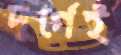
দুর্গেই